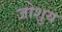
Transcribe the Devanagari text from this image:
जोशुय